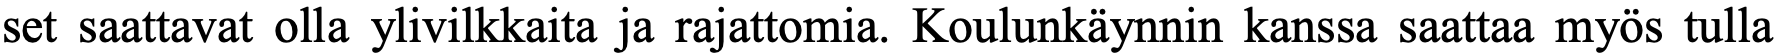
set saattavat olla ylivilkkaita ja rajattomia. Koulunkäynnin kanssa saattaa myös tulla